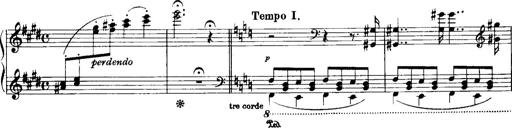
Title: Historische ungarische Bildnisse
Composer: Franz Liszt